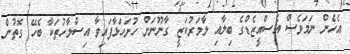
އެހެން ނަމަވެސް އެސްއީޒެޑްގެ ބިލާއި ލާމަރުކަޒީ ގާނޫނަށް ހުށަހަޅާފައިވާ އިސްލާހުތަކާ ބެހޭ ގޮތުން